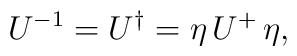
U^{-1} = U^\dagger = \eta \,U^+\, \eta,